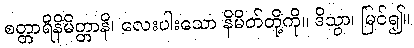
စတ္တာရိနိမိတ္တာနိ၊ လေးပါးသော နိမိတ်တို့ကို။ ဒိသွာ၊ မြင်၍။